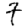
Digit: 7